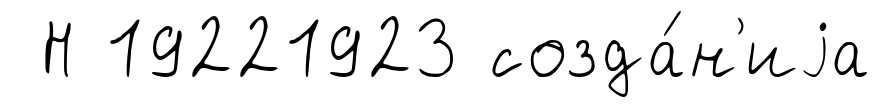
Н 19221923 созда́н'иjа